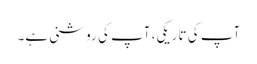
آپ کی تاریکی، آپ کی روشنی ہے۔